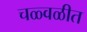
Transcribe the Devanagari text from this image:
चळ्वळीत